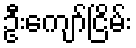
ဦးကျော်ငြိမ်း